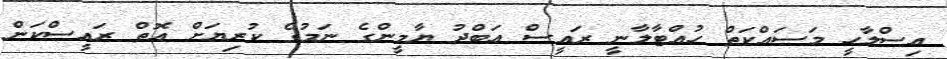
އިސްލާހީ މަސައްކަތް ހުއްޓާލާނީ ރައީސް އަބްދު ޔާމީންގެ ނަމުގެ ކުރިޔަށް އޮތް ރައީސްކަން